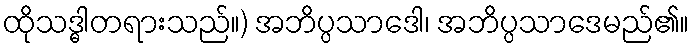
ထိုသဒ္ဓါတရားသည်။) အဘိပ္ပသာဒေါ၊ အဘိပ္ပသာဒေမည်၏။